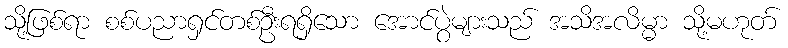
သို့ဖြစ်ရာ စစ်ပညာရှင်တစ်ဦးရရှိသော အောင်ပွဲများသည် အသိအလိမ္မာ သို့မဟုတ်